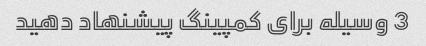
3 وسیله برای کمپینگ پیشنهاد دهید